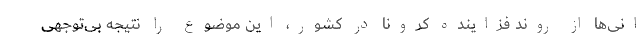
انی‌ها از روند فزاینده کرونا در کشور، این موضوع را نتیجه بی‌توجهی